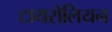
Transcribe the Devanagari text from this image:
टायरोलियन